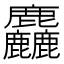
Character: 麤